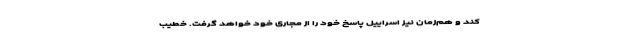
کند و هم‌زمان نیز اسراییل پاسخ خود را از مجاری خود خواهد گرفت. خطیب